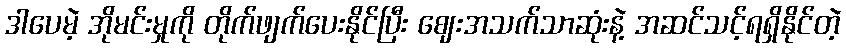
ဒါပေမဲ့ အိုမင်းမှုကို တိုက်ဖျက်ပေးနိုင်ပြီး ဈေးအသက်သာဆုံးနဲ့ အဆင်သင့်ရရှိနိုင်တဲ့